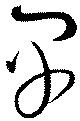
早